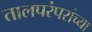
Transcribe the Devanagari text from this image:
तालपरंपरांच्या